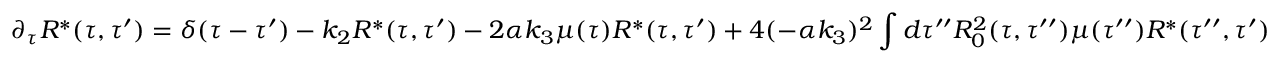
\partial _ { \tau } R ^ { * } ( \tau , \tau ^ { \prime } ) = \delta ( \tau - \tau ^ { \prime } ) - k _ { 2 } R ^ { * } ( \tau , \tau ^ { \prime } ) - 2 \alpha k _ { 3 } \mu ( \tau ) R ^ { * } ( \tau , \tau ^ { \prime } ) + 4 ( - \alpha k _ { 3 } ) ^ { 2 } \int d \tau ^ { \prime \prime } R _ { 0 } ^ { 2 } ( \tau , \tau ^ { \prime \prime } ) \mu ( \tau ^ { \prime \prime } ) R ^ { * } ( \tau ^ { \prime \prime } , \tau ^ { \prime } )